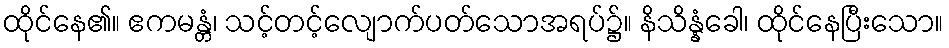
ထိုင်နေ၏။ ဧကမန္တံ၊ သင့်တင့်လျောက်ပတ်သောအရပ်၌။ နိသိန္နံခေါ၊ ထိုင်နေပြီးသော။